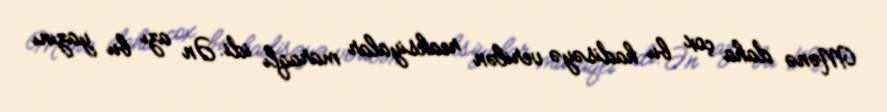
Mənə daha çox bu hadisəyə verilən reaksiyalar maraqlı idi. Ən azı bu yazını